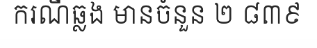
ករណីឆ្លង មានចំនួន ២ ៨៣៩